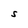
Character: S